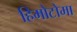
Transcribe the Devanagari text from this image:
हिमोटोमा